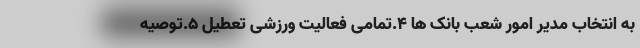
به انتخاب مدیر امور شعب بانک ها ۴.تمامی فعالیت ورزشی تعطیل ۵.توصیه